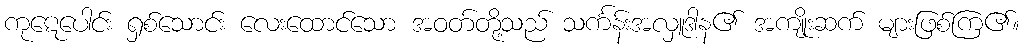
ကုဋေပေါင်း ရှစ်သောင်း လေးထောင်သော အဝတ်တို့သည် သင်္ကန်းအလှူဒါန၏ အကျိုးဆက် များဖြစ်ကြ၏။